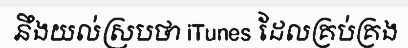
នឹងយល់ស្របថា iTunes ដែលគ្រប់គ្រង